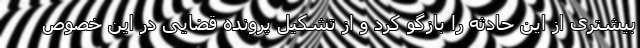
بیشتری از این حادثه را بازگو کرد و از تشکیل پرونده قضایی در این خصوص